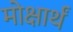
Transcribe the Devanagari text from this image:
मोक्षार्थं